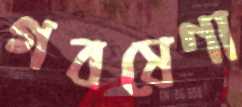
গবষেণা